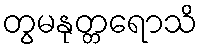
တွမနုတ္တရောသိ